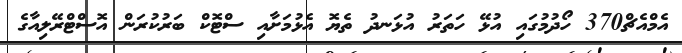
އެމްއެޗް370 ހޯދުމުގައި އުޅޭ ހަތަރު އުޅަނދު ތެޔޮ އެޅުމަށާއި ސްޓޮކް ބަރުކުރަން އޮސްޓްރޭލިއާގެ